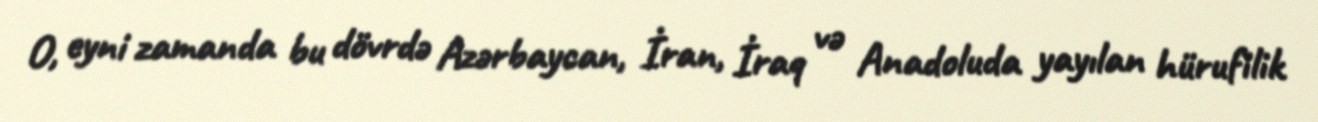
O, eyni zamanda bu dövrdə Azərbaycan, İran, İraq və Anadoluda yayılan hürufilik